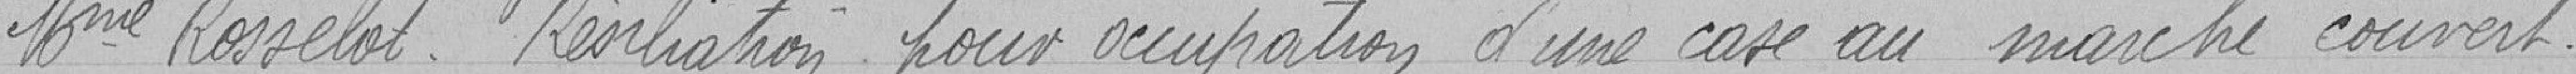
Madame Rosselot. Résiliation pour occupation d'une cave au marché couvert.